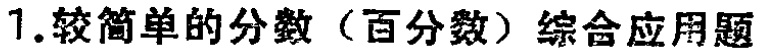
1.较简单的分数（百分数）综合应用题